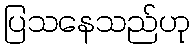
ပြသနေသည်ဟု